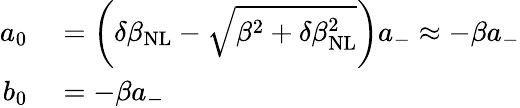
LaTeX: \begin{array}{rl}{a_{0}}&{{}=\left(\delta\beta_{\mathrm{NL}}-\sqrt{\beta^{2}+\delta\beta_{\mathrm{NL}}^{2}}\right)a_{-}\approx-\beta a_{-}}\\ {b_{0}}&{{}=-\beta a_{-}}\end{array}